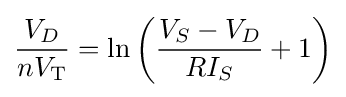
{\frac {V_{D}}{nV_{\text{T}}}}=\ln \left({\frac {V_{S}-V_{D}}{RI_{S}}}+1\right)